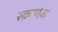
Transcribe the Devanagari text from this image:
स्क्रामेक